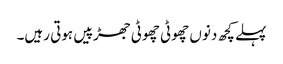
پہلے کچھ دنوں چھوٹی چھوٹی جھڑپیں ہوتی رہیں۔